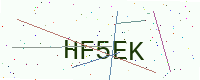
Text: HF5EK